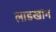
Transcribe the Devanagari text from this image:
लाडखान